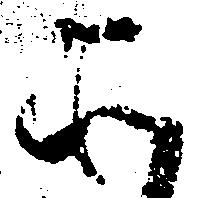
そ